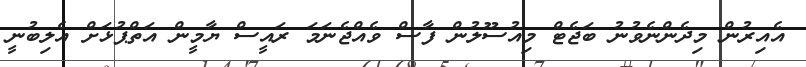
އެއިރުން މިދެންނެވުނު ބަޖެޓް މިއުސޫލުން ފާސް ވެއްޖެނަމަ ރައީސް ޔާމީން އަތްޕުޅަށް އެލިބުނީ